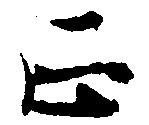
正